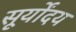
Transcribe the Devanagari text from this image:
सूर्योंदय